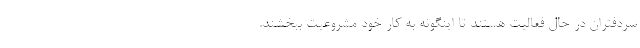
سردفتران در حال فعالیت هستند تا اینگونه به کار خود مشروعیت ببخشند.